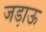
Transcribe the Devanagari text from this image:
जडा़ऊ